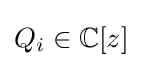
Q_{i}\in \mathbb {C} [z]